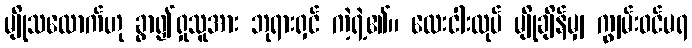
မျိုသလောက်ဟု ခွာ၍ရှုသူအား ဘုရားရှင် ကဲ့ရဲ့၏။ လေးငါးလုပ် မျိုချိန်မျှ ကျွမ်းဝင်မရ